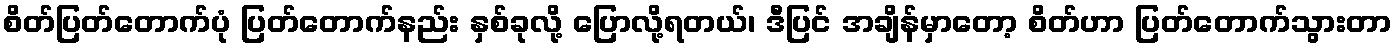
စိတ်ပြတ်တောက်ပုံ ပြတ်တောက်နည်း နှစ်ခုလို့ ပြောလို့ရတယ်၊ ဒီပြင် အချိန်မှာတော့ စိတ်ဟာ ပြတ်တောက်သွားတာ